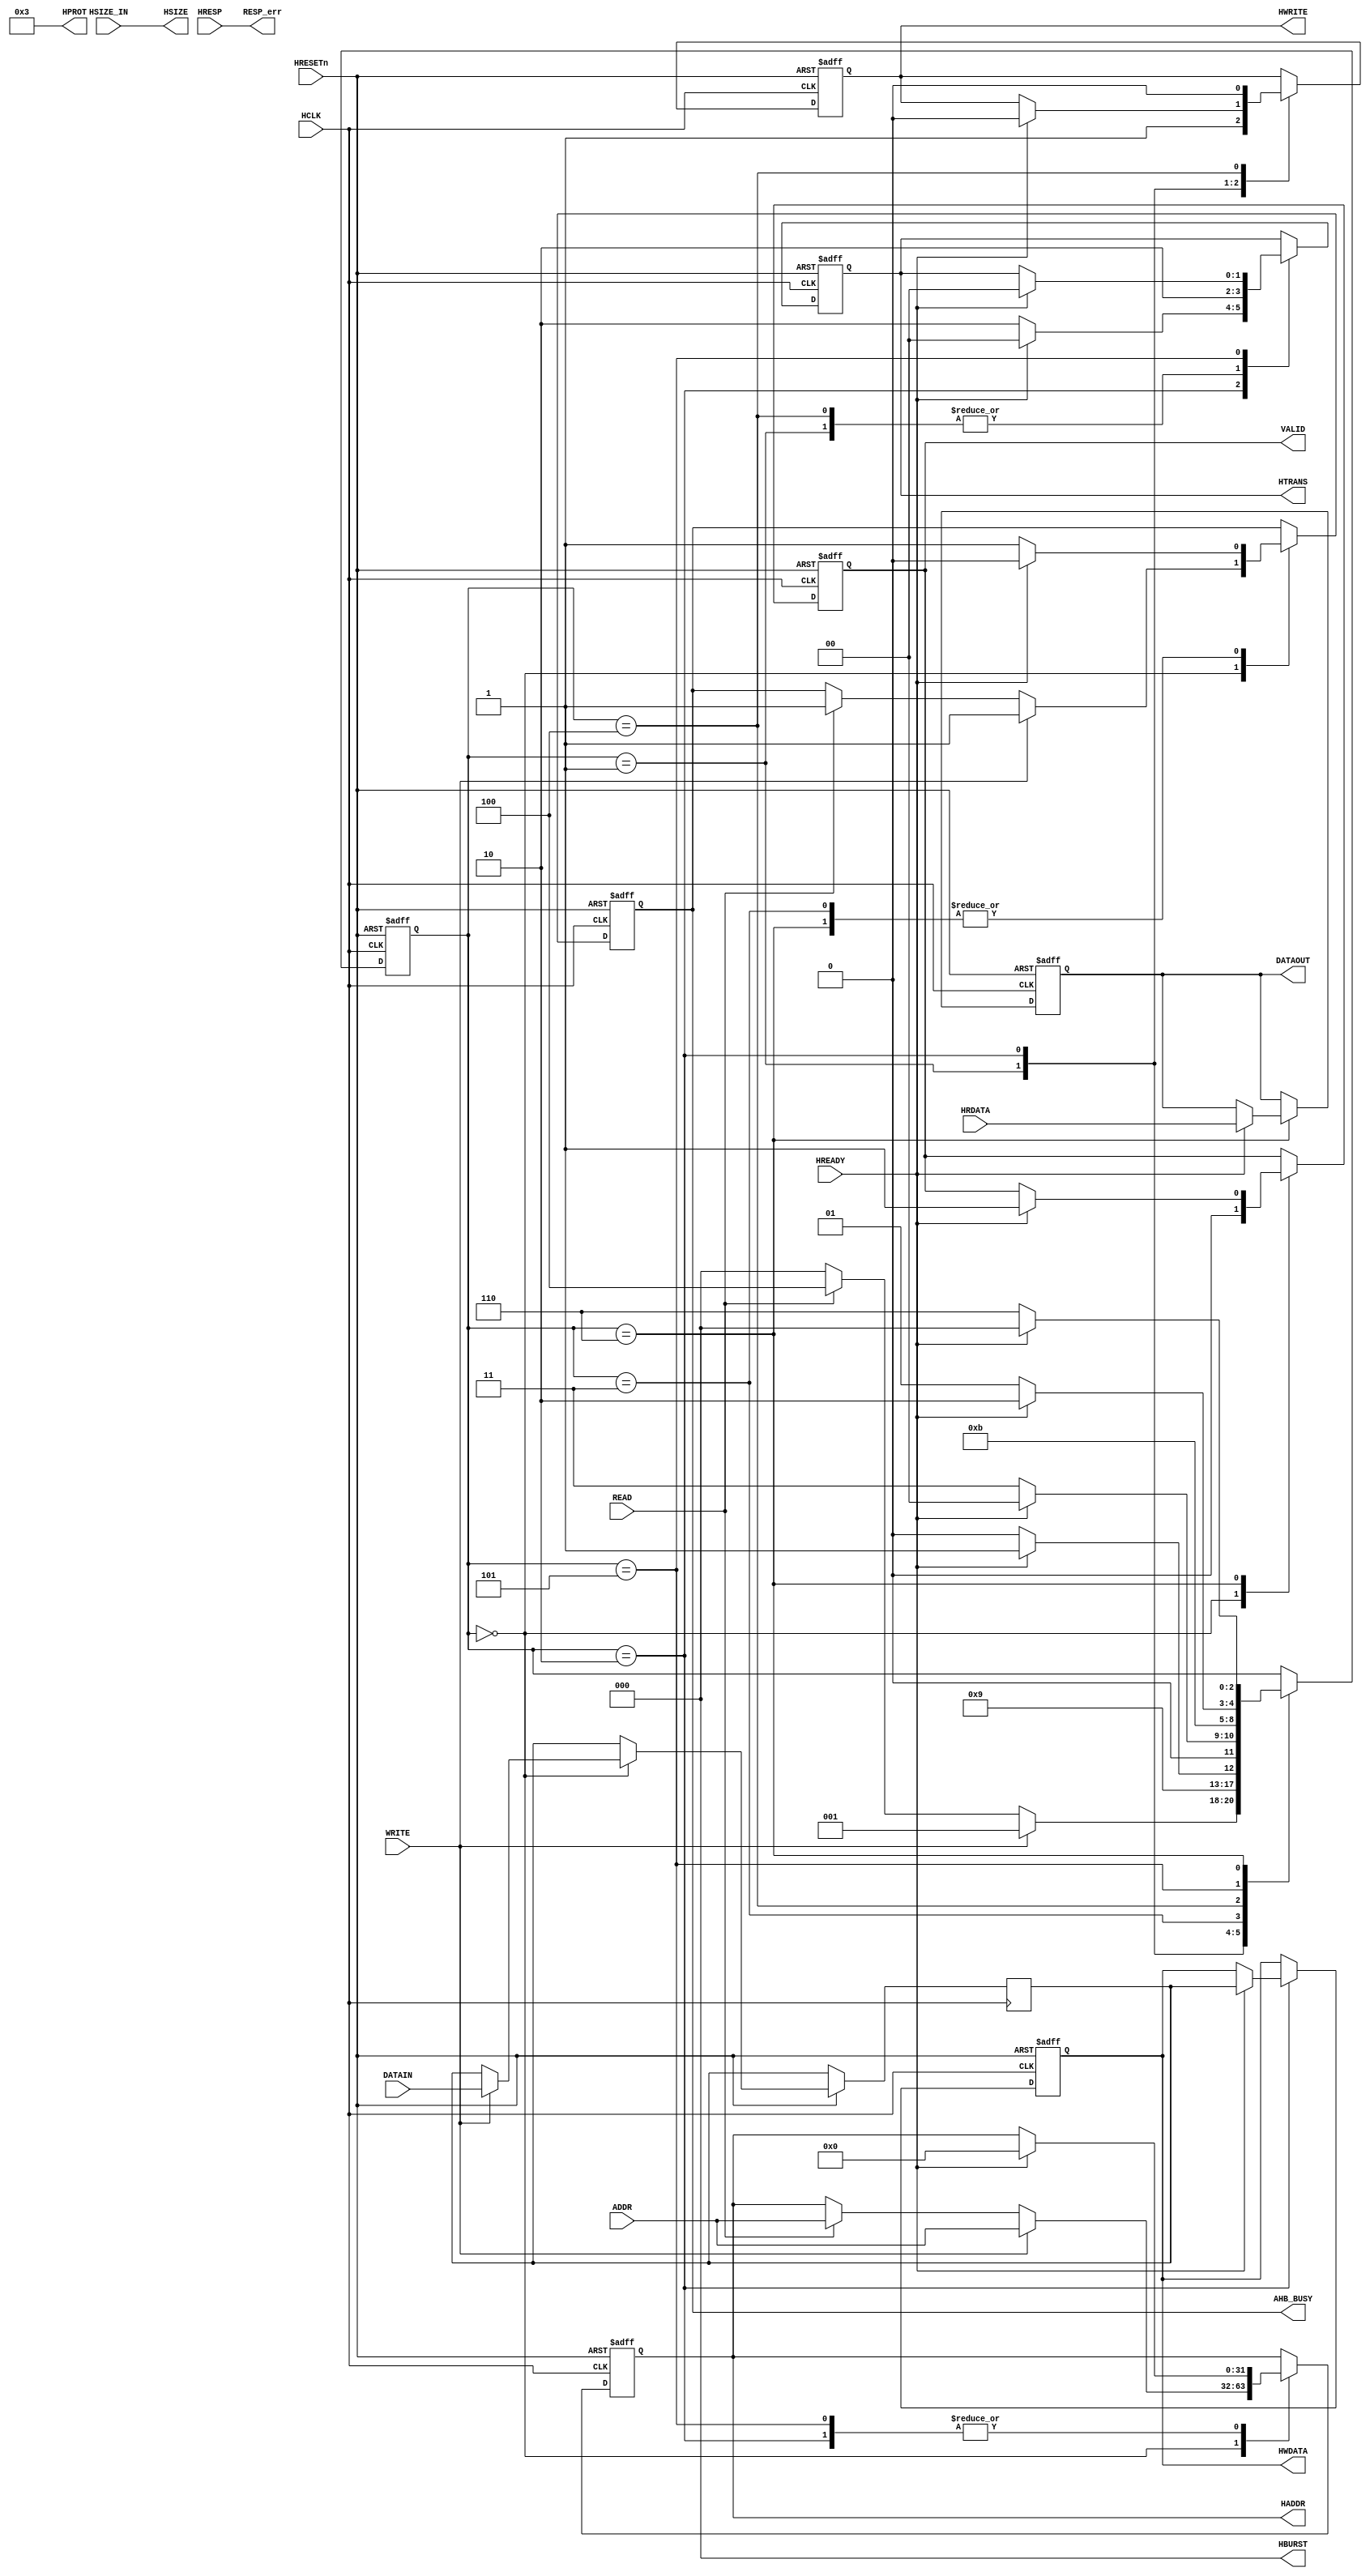
///////////////////////////////////////////////////////////////////////////////////////////////////
//-------------------------------------------------------------------------------
//-- Title      : AHB Master Interface
//-------------------------------------------------------------------------------
//-- File       : AHB_IF.v
//-- Author     : Corporate Applications Engineering
//-- Company    : Microsemi Corporation
//-- Device     : IGLOO2
//-- Standard   : Verilog
//-------------------------------------------------------------------------------
//-- Description: This code implementes the AHB master logic to receive the read writes  
//--              from the FIC_0 and does the corresponding read or writes to other blocks.
//-------------------------------------------------------------------------------
//-- Copyright (c) 2013   Microsemi Corporation
//--                      All rights reserved.
//-------------------------------------------------------------------------------
//-- Revisions  : V1.0
//-------------------------------------------------------------------------------
/////////////////////////////////////////////////////////////////////////////////////////////////// 

module AHB_IF( 

// Generic Signals
input      wire         HCLK,
input      wire         HRESETn,

//AHB interface to Logic
input      wire         READ,
input      wire         WRITE,
input      wire  [31:0] ADDR,
input      wire  [31:0] DATAIN,
input	   wire  [2:0]	HSIZE_IN,
output     reg   [31:0] DATAOUT,


// AHB Side Interfacing with FIC 
output     reg   [31:0] HADDR,
output     reg   [1:0]  HTRANS,
output     reg          HWRITE,
output     wire  [2:0]  HSIZE,
output     wire  [2:0]  HBURST,
output     wire  [3:0]  HPROT,
output     reg   [31:0] HWDATA,

input      wire  [31:0] HRDATA,
input      wire         HREADY,
input      wire  [1:0]  HRESP,

output           [1:0]  RESP_err,
output     reg          AHB_BUSY,
output	   reg			VALID
);

// AHB FSM States
reg [2:0] ahb_fsm_current_state;
parameter [2:0] Idle_1 = 3'b000, Write_FIC_0 = 3'b001, Write_FIC_1 = 3'b010, Write_FIC_2 = 3'b011,
Read_FIC_0 = 3'b100, Read_FIC_1 = 3'b101, Read_FIC_2 = 3'b110;

reg   [31:0] HWDATA_int; //temporary hold the data
wire  [2:0]  HSIZE_int;

assign RESP_err = HRESP;
assign HBURST = 3'b000;
assign HPROT  = 4'b0011;
assign HSIZE  = HSIZE_IN;//3'b010; // 32 Bit Mode

// since the current coreahblite is 32 bit, we are using Hsize=10 (32-bit), but can be changed
parameter [4:0] Data_size	= 32;

//generate
//    if (Data_size == 32)  
//        assign HSIZE_int  = 2'b10;  
//    else if (Data_size == 16) 
//        assign HSIZE_int  = 2'b01;
//    else if (Data_size == 8) 
//        assign HSIZE_int  = 2'b00;
//endgenerate

// FSM That Acts as Master on AHB Bus
// Assuming only Non-Sequential & Idle
always@(posedge HCLK, negedge HRESETn)
begin

	if(HRESETn  == 1'b0)
	    begin
	     HADDR               <=  32'h00000000;
	     HTRANS              <=  2'b00;  
	     HWRITE              <=  1'b0;
	     VALID				 <=	 1'b0;
	     HWDATA              <=  32'h00000000;
	     DATAOUT             <=  32'h00000000;
	     ahb_fsm_current_state   <=  Idle_1;
         AHB_BUSY                <=  1'b0;
	    end

	else
    	begin
	        case (ahb_fsm_current_state)
	      
	        Idle_1: //0x00
	            begin
					VALID				 <=	 1'b0;
	                if ( WRITE  == 1'b1)
	                  begin
	                    ahb_fsm_current_state       <=  Write_FIC_0;
                        HADDR                       <=  ADDR;                        
                        HWDATA_int                  <=  DATAIN;
                        AHB_BUSY                    <=  1'b1;
	                  end
	                else if ( READ  == 1'b1)
	                  begin
	                    ahb_fsm_current_state       <=  Read_FIC_0;
                        HADDR                       <=  ADDR;                       						
                        AHB_BUSY                    <=  1'b1;
	                  end
	                else
	                  begin
	                    ahb_fsm_current_state       <=  Idle_1;
	                  end
	            end

	        Write_FIC_0: //0x01  					//store the address+control signals and apply to coreahblite
	            begin
    	            HTRANS                     <=  2'b10;    	            
    	            HWRITE                     <=  1'b1;
    	            ahb_fsm_current_state      <=  Write_FIC_1;
	             end
	        
            Write_FIC_1: //0x02 
                 begin
                  if ( HREADY  == 1'b0) 			//keep the address+control signals when slave is not ready yet
                    begin
        	            HTRANS                 <=  2'b10;  
                        ahb_fsm_current_state  <=  Write_FIC_1;
    	            end
                  else  							//send the data+go to next state, doesn't need to keep the address+other controls active
                    begin
                        HWDATA                 <=  HWDATA_int;
                        HADDR                  <=  32'h00000000; 
                        HTRANS                 <=  2'b00;
    	                HWRITE                 <=  1'b0;
                        ahb_fsm_current_state  <=  Write_FIC_2;
                    end
                 end
             Write_FIC_2: //0x03
    	         begin
                  if ( HREADY  == 1'b0) 			//keep the data when slave is not ready yet
                    begin
        	            ahb_fsm_current_state  <=  Write_FIC_2;
                        AHB_BUSY               <=  1'b1;
    	            end
                  else   							//finish the write transfer  
    	            begin 
    	                ahb_fsm_current_state  <=  Idle_1;
                        AHB_BUSY               <=  1'b0;
    	            end
	              end
	           
	
	
	         Read_FIC_0: //0x04 					//store the address+control signals and apply to coreahblite
	              begin
	                    HTRANS                  <=  2'b10;
	                    HWRITE                  <=  1'b0;
	                    ahb_fsm_current_state   <=  Read_FIC_1;
	              end
	         Read_FIC_1: //0x05
	              begin                   
	               if ( HREADY  == 1'b0) 			//keep the address+control signals when slave is not ready yet
                     begin
	                    ahb_fsm_current_state    <=  Read_FIC_1;
                     end 
                   else   
                     begin   						// go to next state
                        HADDR                    <=  32'h00000000;  //doesn't need to keep the address+other controls any more
                        HTRANS                   <=  2'b00;
	                    ahb_fsm_current_state    <=  Read_FIC_2;
                     end
                  end
             Read_FIC_2: //0x06                         
	              begin
                   if ( HREADY  == 1'b0)         	//waiting slave to be ready 
	                 begin
	                    ahb_fsm_current_state    <=  Read_FIC_2;
                        AHB_BUSY                 <=  1'b1;
	                 end
	               else  							//read the data+finish the read transfer
	                 begin
	                    DATAOUT                  <=  HRDATA;	  
						VALID				 	 <=	 1'b1;                       
	                    ahb_fsm_current_state    <=  Idle_1;
                        AHB_BUSY                 <=  1'b0;
	                  end       
	              end 	   
     endcase
	end     
end

endmodule